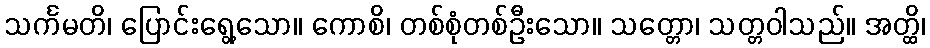
သင်္ကမတိ၊ ပြောင်းရွေ့သော။ ကောစိ၊ တစ်စုံတစ်ဦးသော။ သတ္တော၊ သတ္တဝါသည်။ အတ္ထိ၊